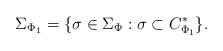
LaTeX: \begin{align*}\Sigma_{\Phi_1} = \{ \sigma \in \Sigma_\Phi : \sigma \subset C_{\Phi_1}^* \}.\end{align*}